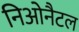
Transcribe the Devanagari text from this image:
निओनैटल